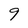
Character: 9